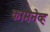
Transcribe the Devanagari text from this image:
कामनेव्ह